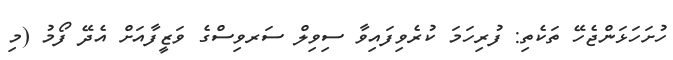
ހުށަހަޅަންޖެހޭ ތަކެތި: ފުރިހަމަ ކުރެވިފައިވާ ސިވިލް ސަރވިސްގެ ވަޒީފާއަށް އެދޭ ފޯމު (މި